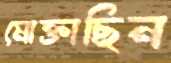
মোক্তাছিন